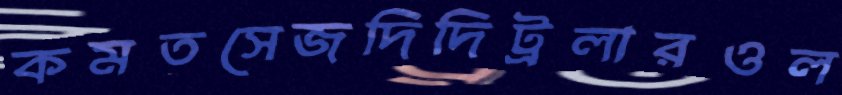
কমতসেজদিদিট্রলারওল